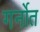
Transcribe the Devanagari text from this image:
गर्नोत